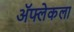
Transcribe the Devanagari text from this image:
ॲफ्लेकला